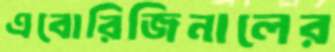
এবোরিজিনালের